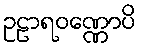
ဥဠာရဝဏ္ဏောပိ